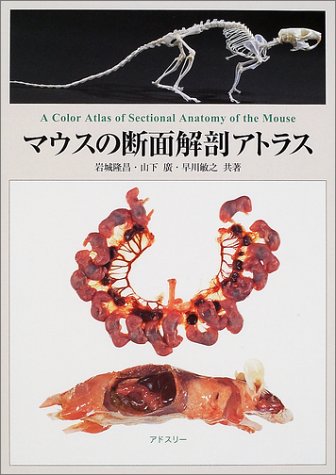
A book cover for A Color Atlas of Sectional Anatomy of the Mouse; Takamasa Iwaki; Medical Books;